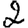
Digit: 2